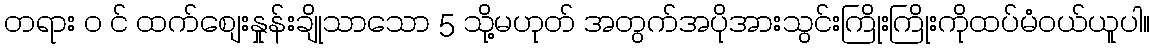
တရား ၀ င် ထက်စျေးနှုန်းချိုသာသော 5 သို့မဟုတ် အတွက်အပိုအားသွင်းကြိုးကြိုးကိုထပ်မံဝယ်ယူပါ။